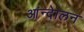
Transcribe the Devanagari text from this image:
आंन्देालन